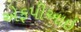
એફપીઆઇ